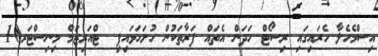
އިސްމެހެލާ ހެރައިގައި ރިސޯޓް ހަދަން އެތައް ފަރާތަކުން ހުށަހަޅައިފި  ޓްއަރިޒަމް މިނިސްޓަރ10